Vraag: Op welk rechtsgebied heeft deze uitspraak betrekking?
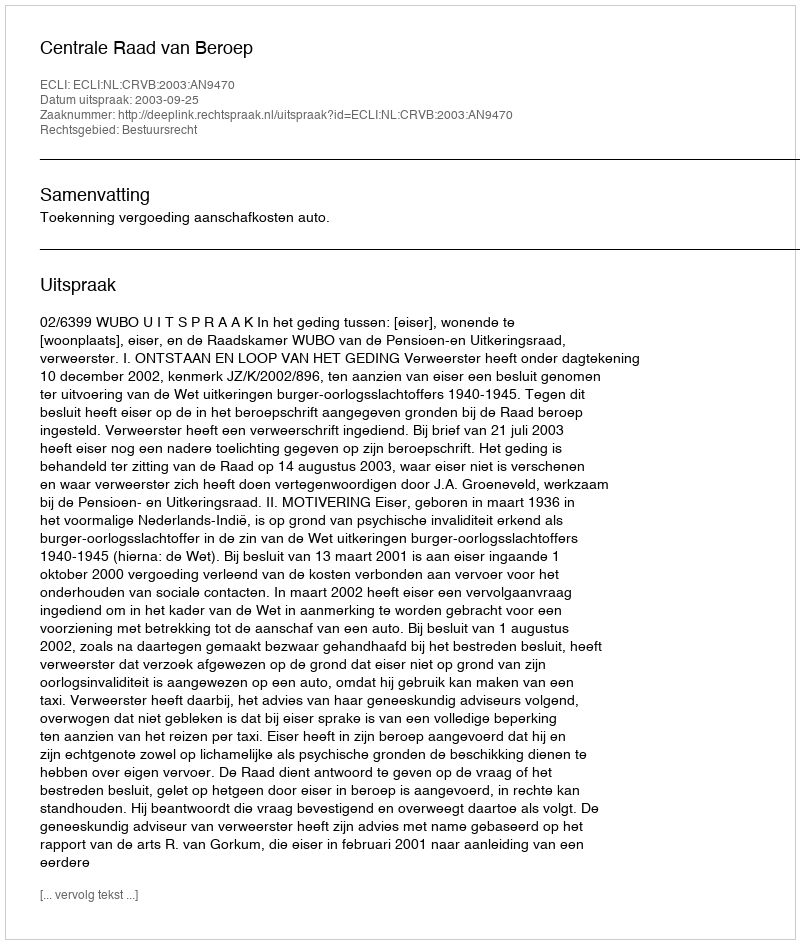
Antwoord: Bestuursrecht